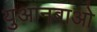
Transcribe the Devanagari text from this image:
युआनबाओ